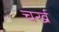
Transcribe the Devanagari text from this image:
चर्ख